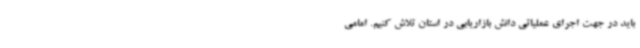
باید در جهت اجرای عملیاتی دانش بازاریابی در استان تلاش کنیم. امامی